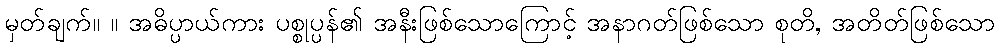
မှတ်ချက်။ ။ အဓိပ္ပာယ်ကား ပစ္စုပ္ပန်၏ အနီးဖြစ်သောကြောင့် အနာဂတ်ဖြစ်သော စုတိ, အတိတ်ဖြစ်သော